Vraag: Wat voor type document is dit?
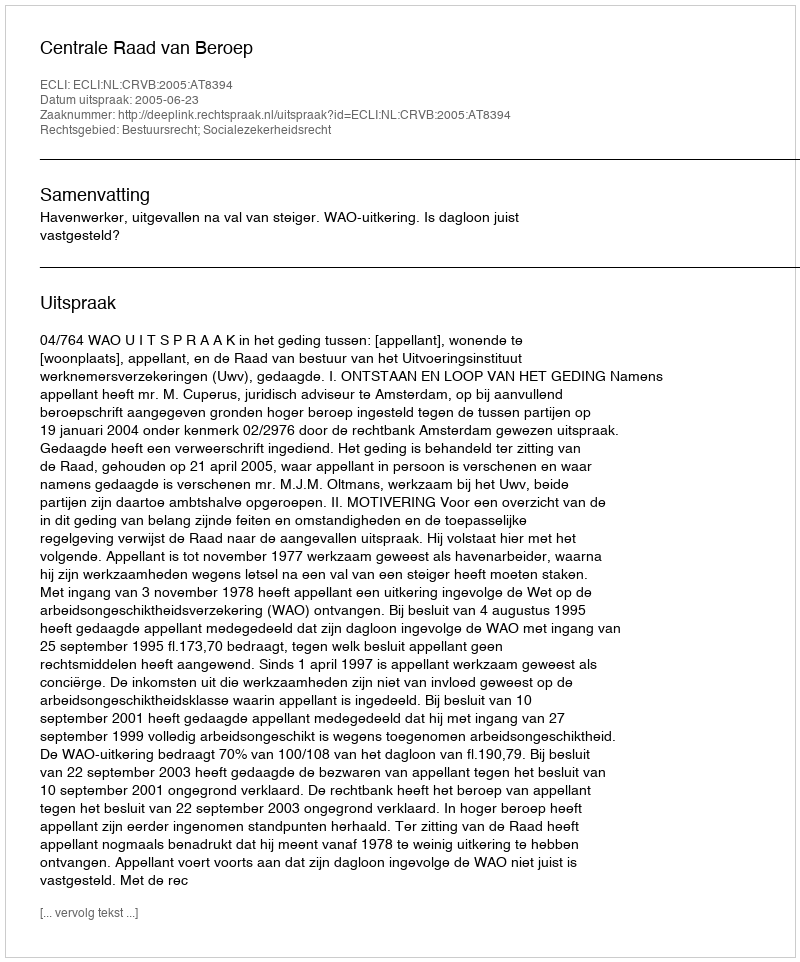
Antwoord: Uitspraak